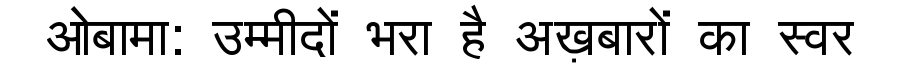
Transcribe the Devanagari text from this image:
ओबामा: उम्मीदों भरा है अख़बारों का स्वर